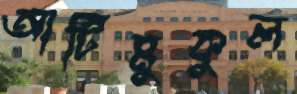
আটিমুকুল